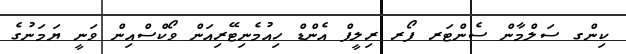
ކިންގ ސަލްމާން ސެންޓަރ ފޯރ ރިލީފް އެންޑް ހިއުމެނިޓޭރިއަން ވޯކްސްއިން ވަނީ ޔަމަނުގެ